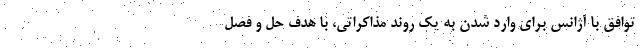
توافق با آژانس برای وارد شدن به یک روند مذاکراتی، با هدف حل و فصل